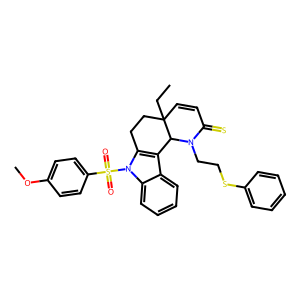
SMILES: CCC12C=CC(=S)N(CCSc3ccccc3)C1c1c(n(S(=O)(=O)c3ccc(OC)cc3)c3ccccc13)CC2
Inhibits HIV replication: No